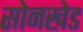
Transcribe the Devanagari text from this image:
सोनखेड